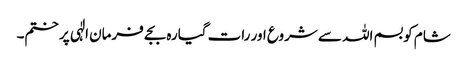
شام کو بسم اللہ سے شروع اور رات گیارہ بجے فرمان الٰہی پر ختم۔